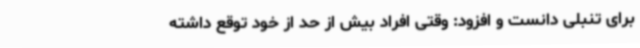
برای تنبلی دانست و افزود: وقتی افراد بیش از حد از خود توقع داشته